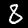
Label: 8